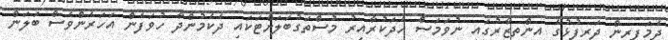
ދެމަފިރީން ދަރިފުޅުގެ އިންތިޒާރުގައި ނުވަމަސް ހެދަކުރާއިރު މުސްތަގުބަލަށްޓަކައި ދެކެމުންދާ ހުވަފެން އަހަރެންވެސް ބަލަން